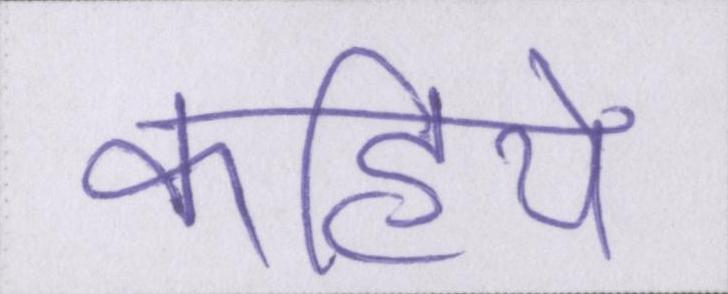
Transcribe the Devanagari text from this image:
कहिये